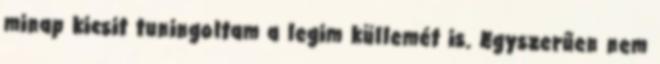
minap kicsit tuningoltam a legim küllemét is. Egyszerűen nem